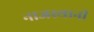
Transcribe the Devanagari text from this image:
नाजस्थानी